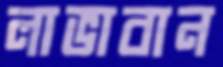
লাভাবান